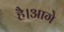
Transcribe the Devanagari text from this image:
है।आगे